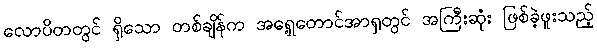
လောပိတတွင် ရှိသော တစ်ချိန်က အရှေ့တောင်အာရှတွင် အကြီးဆုံး ဖြစ်ခဲ့ဖူးသည့်